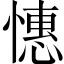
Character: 憓